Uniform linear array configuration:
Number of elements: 16
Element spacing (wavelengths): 0.25
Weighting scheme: uniform
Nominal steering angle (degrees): -30
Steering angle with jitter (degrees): -30.737
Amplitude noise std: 0.05
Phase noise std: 0.05

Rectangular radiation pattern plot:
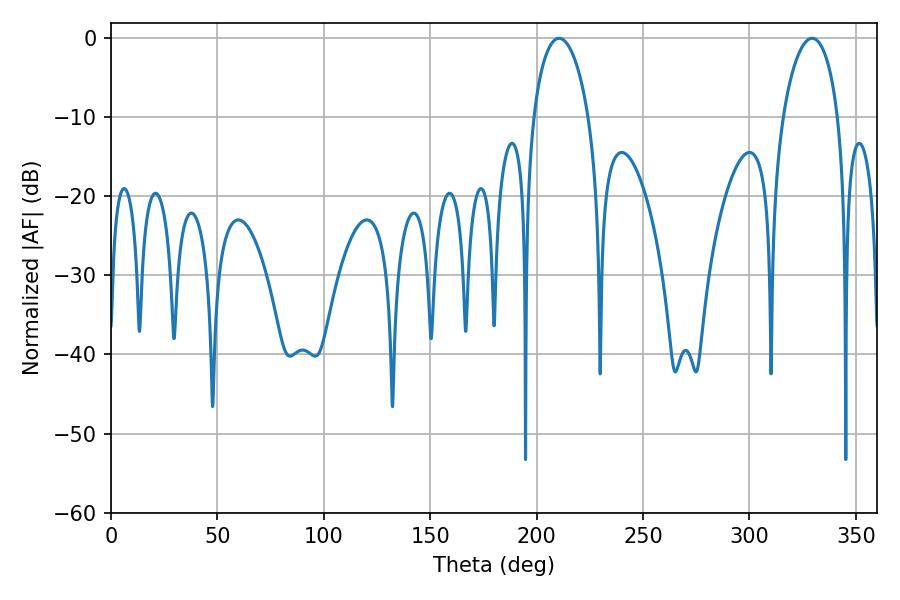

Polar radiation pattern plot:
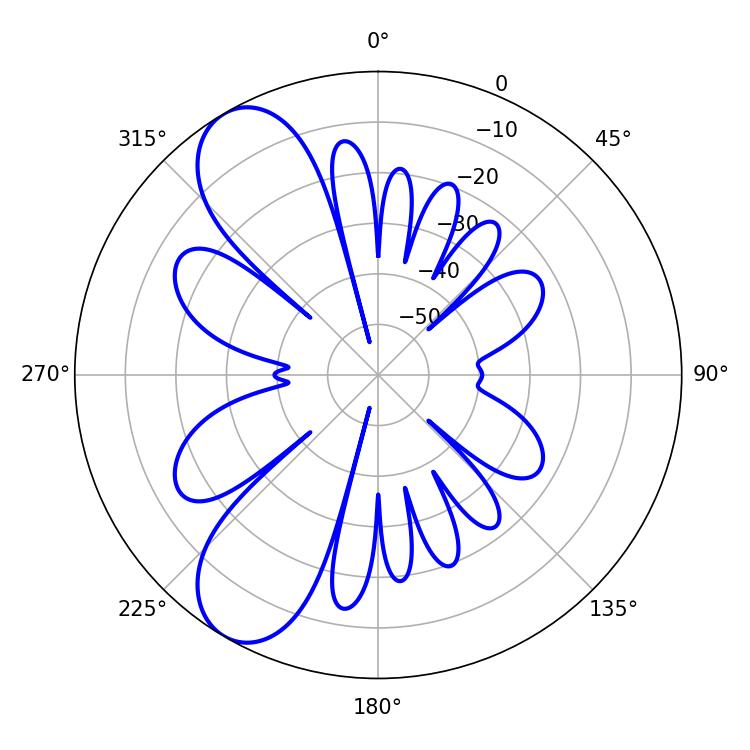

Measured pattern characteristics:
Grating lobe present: FALSE
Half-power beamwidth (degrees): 14.94
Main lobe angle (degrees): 210.6